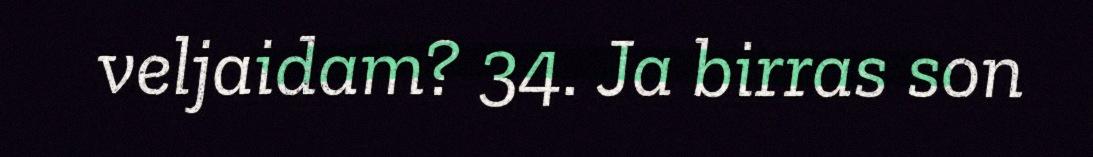
veljaidam? 34. Ja birras son